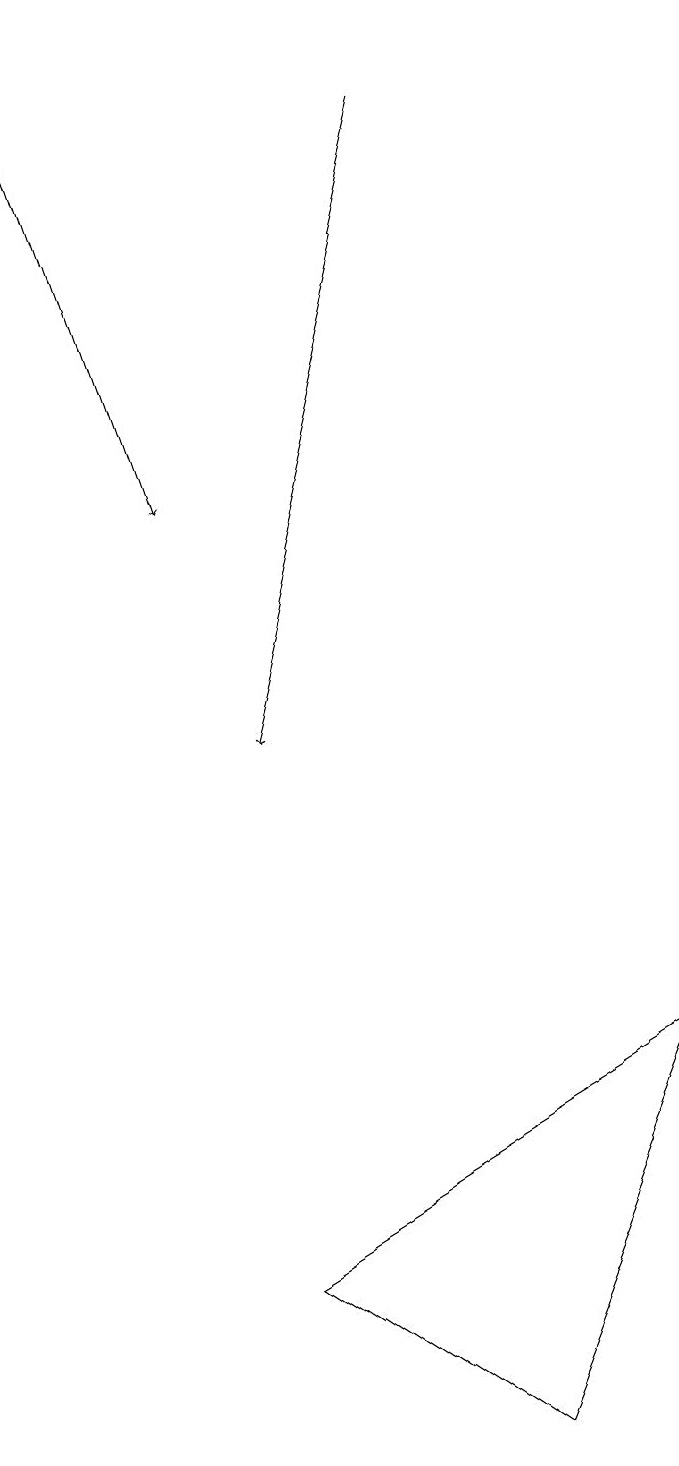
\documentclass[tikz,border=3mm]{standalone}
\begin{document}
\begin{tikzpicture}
\draw[->] (6,18) -- (4,10);
\draw (4,3) -- (9,6) -- (7,1) -- cycle;
\draw[->] (1,19) -- (3,13);
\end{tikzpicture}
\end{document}